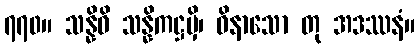
၇၇၀။ သန္နိဓိ သန္နိကဋ္ဌမှိ၊ ဝိနာသော တု အဒဿနံ။